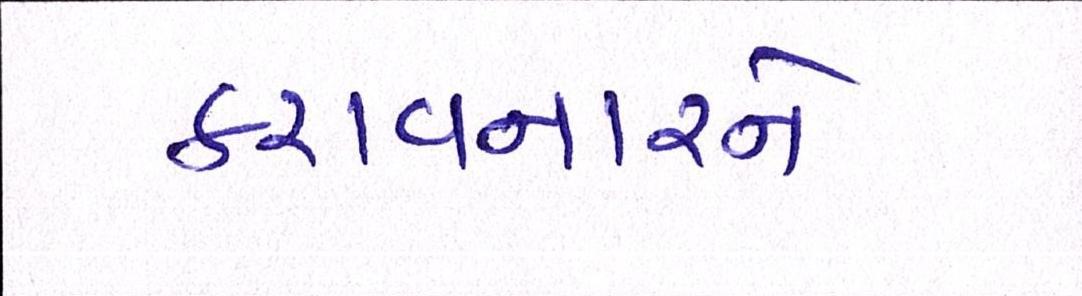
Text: કરાવનારને